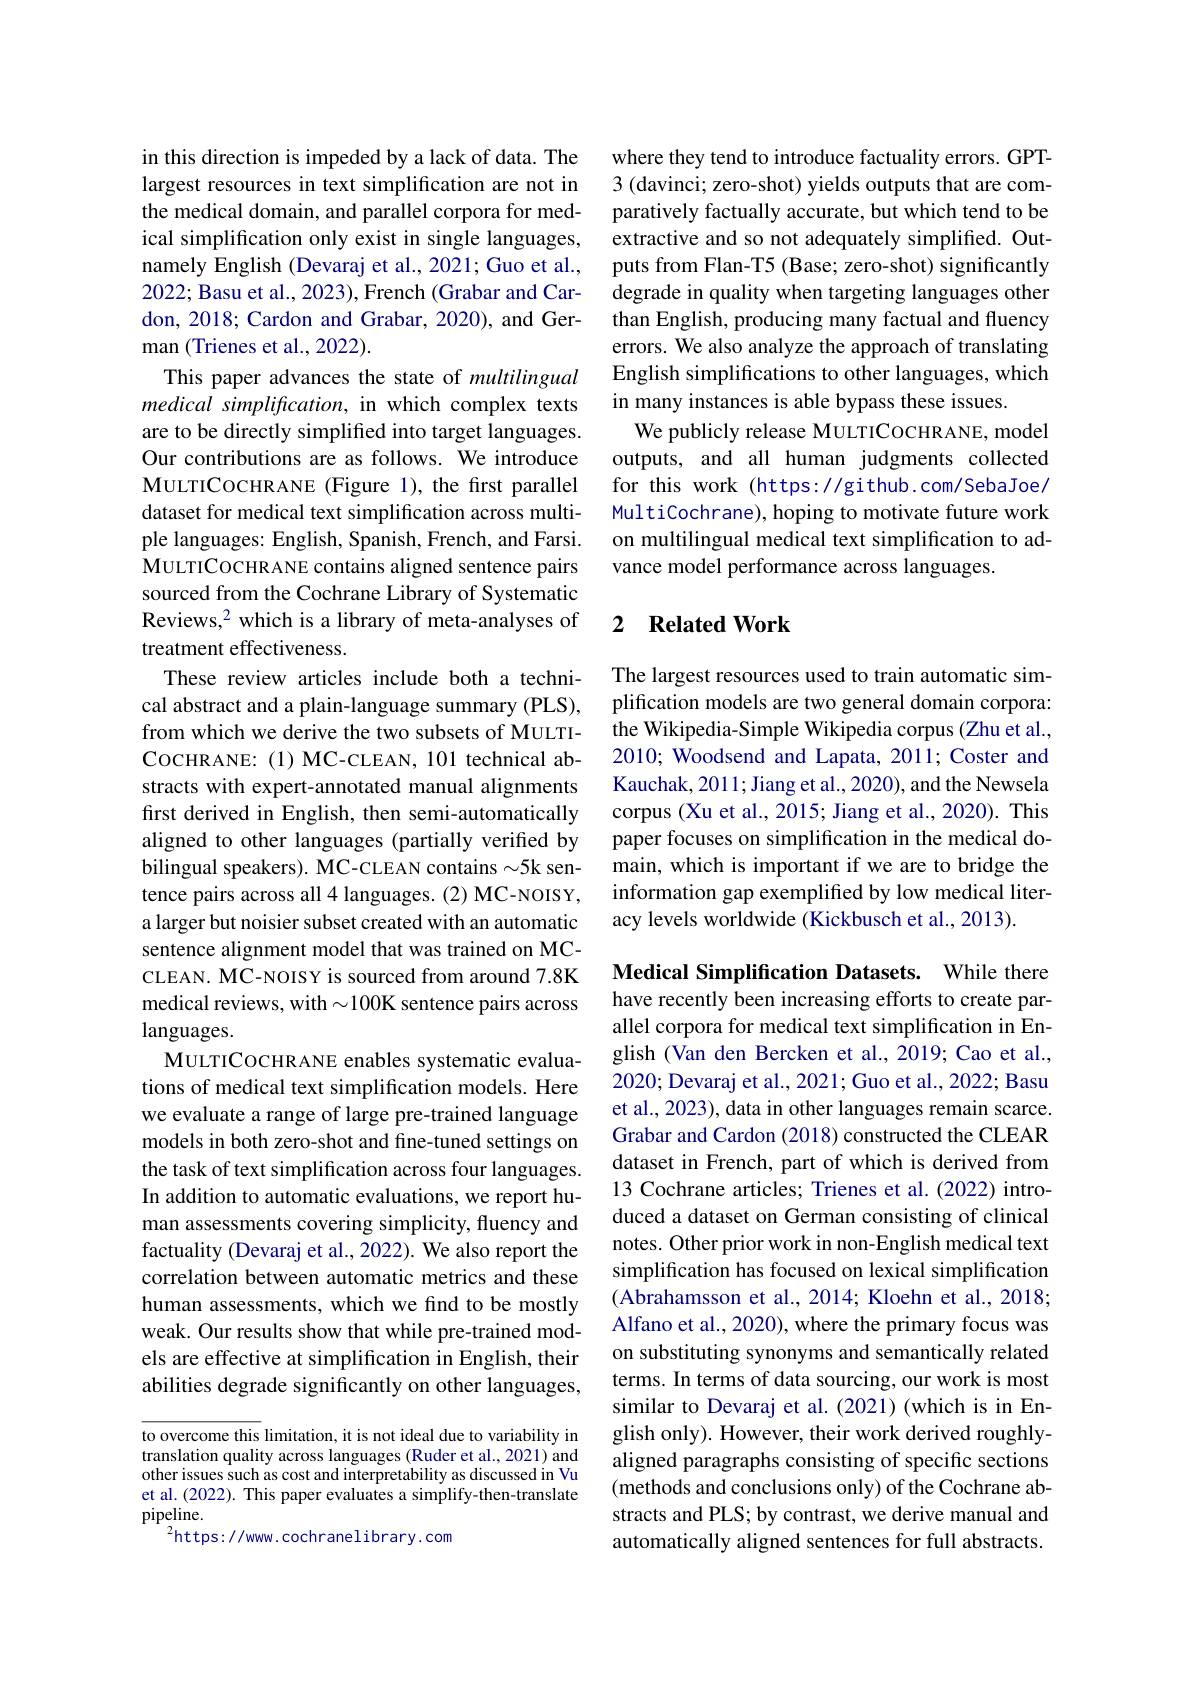
in this direction is impeded by a lack of data. The largest resources in text simplification are not in the medical domain, and parallel corpora for medical simplification only exist in single languages, namely English (Devaraj et al., 2021; Guo et al., 2022; Basu et al., 2023), French (Grabar and Cardon, 2018; Cardon and Grabar, 2020), and German (Trienes et al., 2022).
This paper advances the state of multilingual medical simplification, in which complex texts are to be directly simpliffed into target languages. Our contributions are as follows. We introduce MULTICOCHRANE (Figure 1), the first parallel dataset for medical text simplification across multiple languages: English, Spanish, French, and Farsi. MULTICOCHRANE contains aligned sentence pairs sourced from the Cochrane Library of Systematic Reviews,$^2$ which is a library of meta-analyses of treatment effectiveness.
These review articles include both a technical abstract and a plain-language summary (PLS), from which we derive the two subsets of MULTICOCHRANE:(1)MC-CLEAN, 101 technical abstracts with expert-annotated manual alignments first derived in English, then semi-automatically aligned to other languages (partially verified by bilingual speakers). MC-CLEAN contains $\sim5$k sentence pairs across all 4 languages. (2) MC-NOISY, a larger but noisier subset created with an automatic sentence alignment model that was trained on MCCLEAN. MC-NOISY is sourced from around 7.8K medical reviews, with $\sim100$K sentence pairs across languages.
MULTICOCHRANE enables systematic evaluations of medical text simplification models. Here we evaluate a range of large pre-trained language models in both zero-shot and fine-tuned settings on the task of text simplification across four languages. In addition to automatic evaluations, we report human assessments covering simplicity, fluency and factuality (Devaraj et al., 2022). We also report the correlation between automatic metrics and these human assessments, which we find to be mostly weak. Our results show that while pre-trained models are effective at simplification in English, their abilities degrade significantly on other languages,

to overcome this limitation, it is not ideal due to variability in translation quality across languages (Ruder et al., 2021) and other issues such as cost and interpretability as discussed in Vu et al. (2022). This paper evaluates a simplify-then-translate pipeline.
$^{2}$https://www.cochranelibrary.com

where they tend to introduce factuality errors. GPT- 3 (davinci; zero-shot) yields outputs that are comparatively factually accurate, but which tend to be extractive and so not adequately simplified. Outputs from Flan-T5 (Base; zero-shot) significantly degrade in quality when targeting languages other than English, producing many factual and fluency errors. We also analyze the approach of translating English simplifications to other languages, which in many instances is able bypass these issues.
We publicly release MULTICOCHRANE, model outputs, and all human judgments collected for this work (https://github.com/SebaJoe/ MultiCochrane), hoping to motivate future work on multilingual medical text simplification to advance model performance across languages.

## 2 Related Work

The largest resources used to train automatic simplification models are two general domain corpora: the Wikipedia-Simple Wikipedia corpus (Zhu et al., 2010; Woodsend and Lapata, 2011; Coster and Kauchak, 2011; Jiang et al., 2020), and the Newsela corpus (Xu et al., 2015; Jiang et al., 2020). This paper focuses on simplification in the medical domain, which is important if we are to bridge the information gap exemplifed by low medical literacy levels worldwide (Kickbusch et al., 2013).

Medical Simplification Datasets. While there have recently been increasing efforts to create parallel corpora for medical text simplification in English (Van den Bercken et al.,2019; Cao et al., 2020; Devaraj et al., 2021; Guo et al., 2022; Basu et al., 2023), data in other languages remain scarce. Grabar and Cardon (2018) constructed the CLEAR dataset in French, part of which is derived from 13 Cochrane articles; Trienes et al. (2022) introduced a dataset on German consisting of clinical notes. Other prior work in non-English medical text simplification has focused on lexical simplification (Abrahamsson et al., 2014; Kloehn et al., 2018; Alfano et al., 2020), where the primary focus was on substituting synonyms and semantically related terms. In terms of data sourcing, our work is most similar to Devaraj et al.(2021)(which is in English only). However, their work derived roughlyaligned paragraphs consisting of specific sections (methods and conclusions only) of the Cochrane abstracts and PLS; by contrast, we derive manual and automatically aligned sentences for full abstracts.